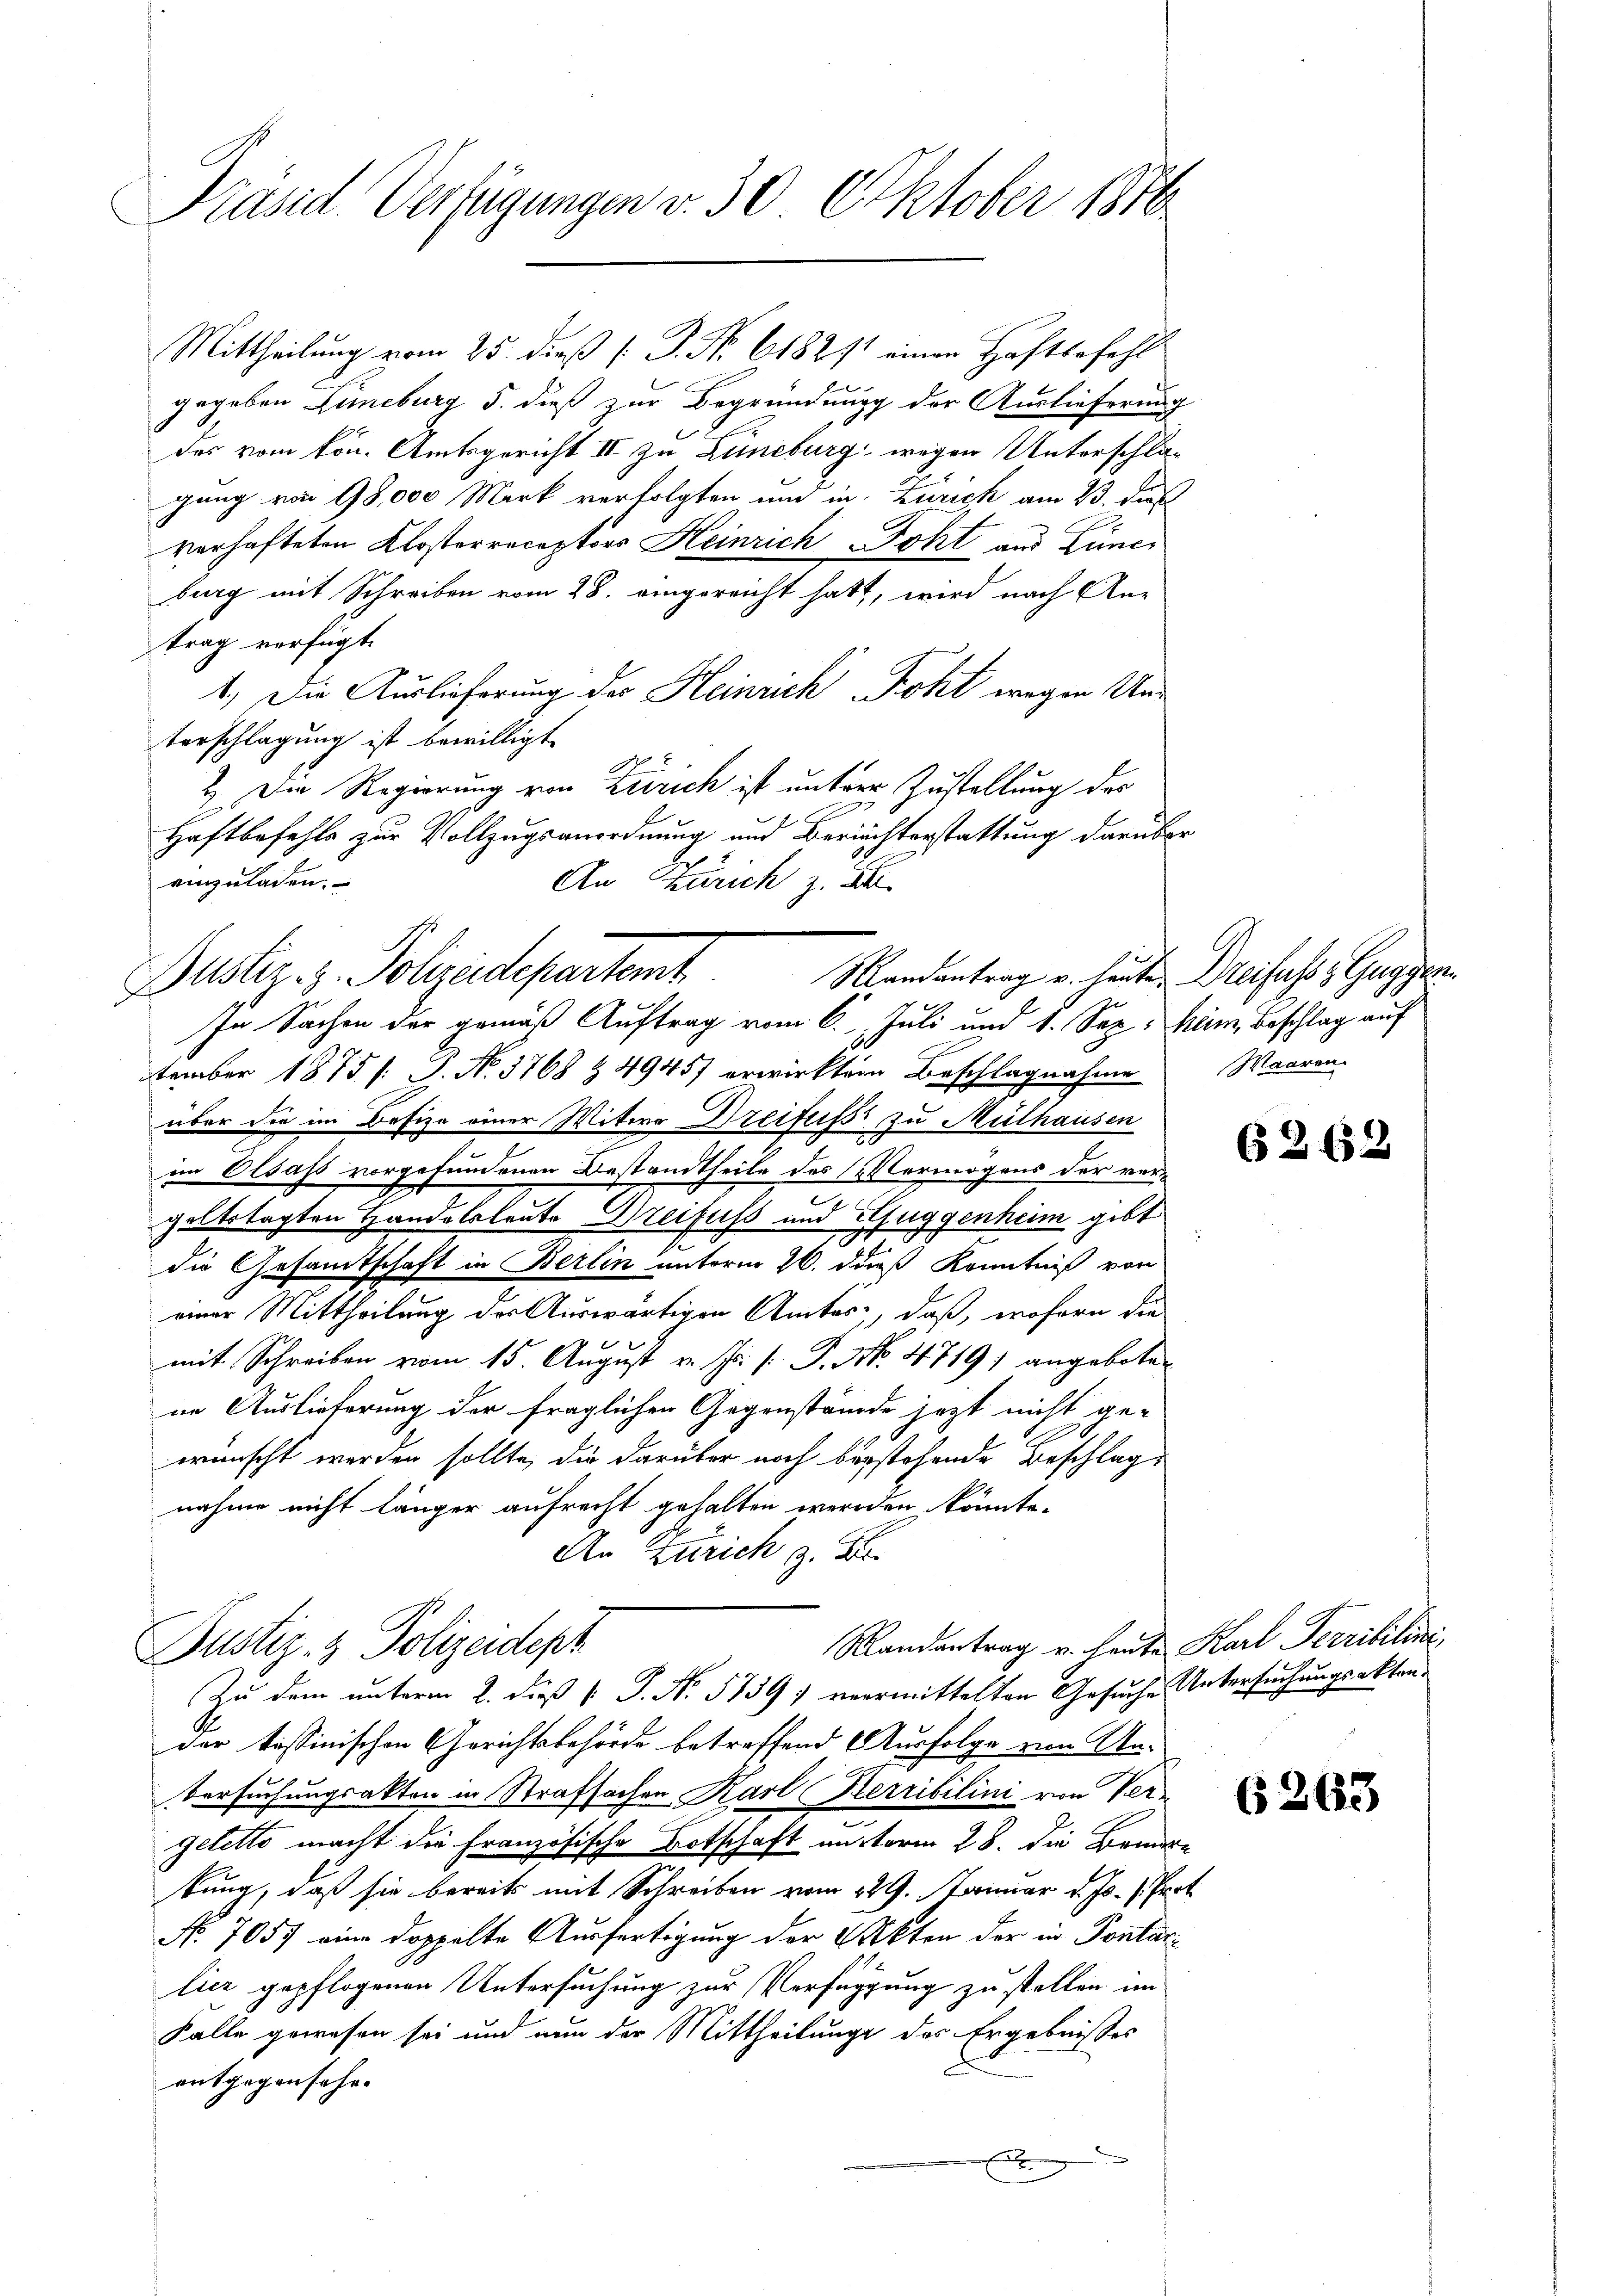
Präsid. Verfügungen v. 30 Oktober 1876

Mittheilung vom 25. dieß [ P. Nr. 6182/1 einen Haftbefehl
gegeben Lüneburg 5. dieß zur Begründung der Auslieferun-
des vom kön. Amtsgericht III zu Lüneburg wegen Unterschlägung von 95,000 Mark verfolgten um in Zürich am 23. dies
verhafteten Klosterreceptors Heinrich Poht aus Lie
burg mit Schreiben vom 28. eingereicht hatt, wird nach An-
trag verfügt:
1. Die Auslieferung des Heinrich Poht wegen Unterschlagung ist bewilligt
2. Die Regierung von Zürich ist unterm Zustellung des
Haftbefehls zur Vollzugsanordnung und Berichterstattung darüber
einzuladen.
An Zürich z. B.
Puster. z. Polizeidepartemt
tember 1875 /: P. No. 3768 § 49457 erwirkten Beschlagnahme
über die im Defize einer Witwe Dreifuss zu Mülhausen
2
im Elsass vorgefundenen Bestandtheile des (Vermögens der vergoltstagten Handelsleute Breifuss und Guggenheim gibt
die Gesamtschaft in Berlin unterm 26. dieß Kenntniß von
einer Mittheilung der Auswärtigen Amtes, daß, wofern die
mit Schreiben vom 15. August v. Js. [: P. Nr. 4719) angeboten
in Auslieferung der fraglichen Gegenstände jezt nicht gewünscht werden sollte, die darüber noch bestehende Beschlag
nahme nicht länger aufrecht gehalten werden könnte.
An Zürich z. B.
Randantrag u. heute Karl Terribilini
Justiz- & Polizeidept
Zu dem unterm 2. dieß P. P. No. 5739; vermittelten Gesuche Untersuchungsaktender tessinischen Gerichtsbehörde betreffend Ausfolge von Un¬
Versuchungsakten in Strafsachen Karl Herribilini von Ver-
gelette macht die Französische Botschaft unterm 28. die Brunn
kung, daß sie bereits mit Schreiben vom 229. Januar d. Js. v. Pr.
No. 7057 eine doppelte Ausfertigung der Akten der in Pontarlier gepflogenen Untersuchung zur Verfügung zu stellen im
Falle gewesen sei und nun der Mittheilunge des Ergebnisses
entgegen sehr.
x

Mandantrag v. heute.
In Sachen der gemäß Auftrag vom 6. Juli und 1. Sep. am Beschlag auf

r

Dreifuchs Guggen.
Waaren.

t

626.

6263